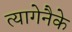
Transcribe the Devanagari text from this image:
त्यागेनैके